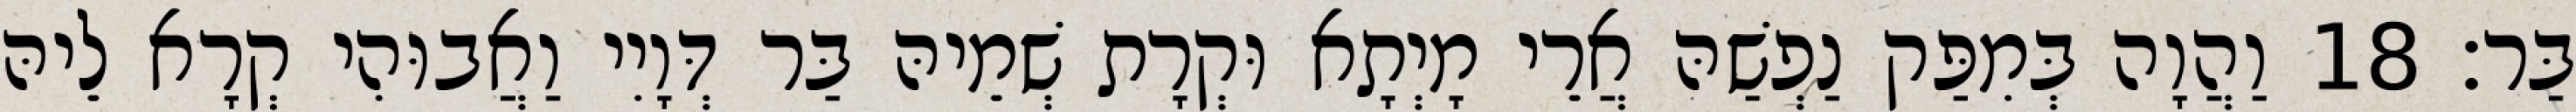
בַּר׃ 18 וַהֲוָה בְּמִפַּק נַפְשַׁהּ אֲרֵי מָיְתָא וּקְרָת שְׁמֵיהּ בַּר דְּוָיִי וַאֲבוּהִי קְרָא לֵיהּ